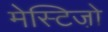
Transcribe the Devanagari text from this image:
मेस्टिजो़